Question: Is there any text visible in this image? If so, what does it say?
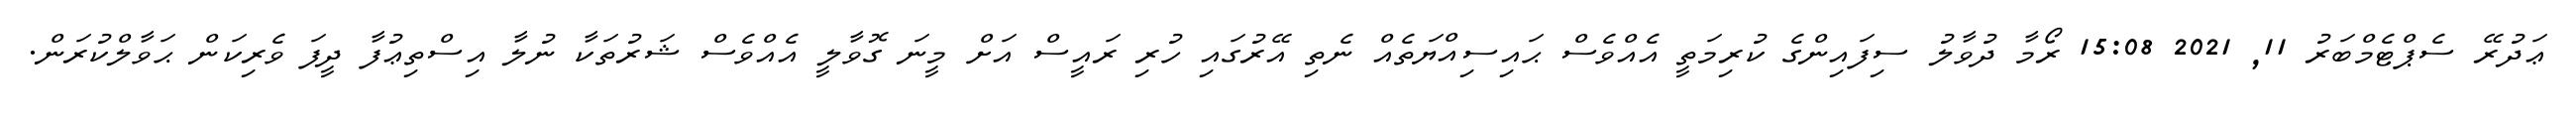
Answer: ޢަދުރޭ ސެޕްޓެމްބަރު 11, 2021 15:08 ރޯމާ ދުވާލު ސިފައިންގެ ކުރިމަތީ އެއްވެސް ޙައިސިއްޔަތެއް ނެތި އޭރުގައި ހުރި ރައީސް އަށް މީނަ ގޮވާލީ އެއްވެސް ޝަރުތަކާ ނުލާ އިސްތިޢުފާ ދީފަ ވެރިކަން ޙަވާލްކުރަން.